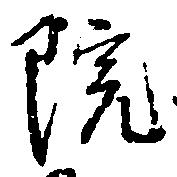
院